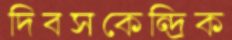
দিবসকেন্দ্রিক